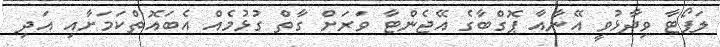
ލަޕޯޓާ ވިދާޅުވީ އޭނާއާ ޕޮގްބާގެ އޭޖެންޓާ ވަރަށް ގާތް ގުޅުމެއް އެބައޮތްކަމަށާއި އަދި